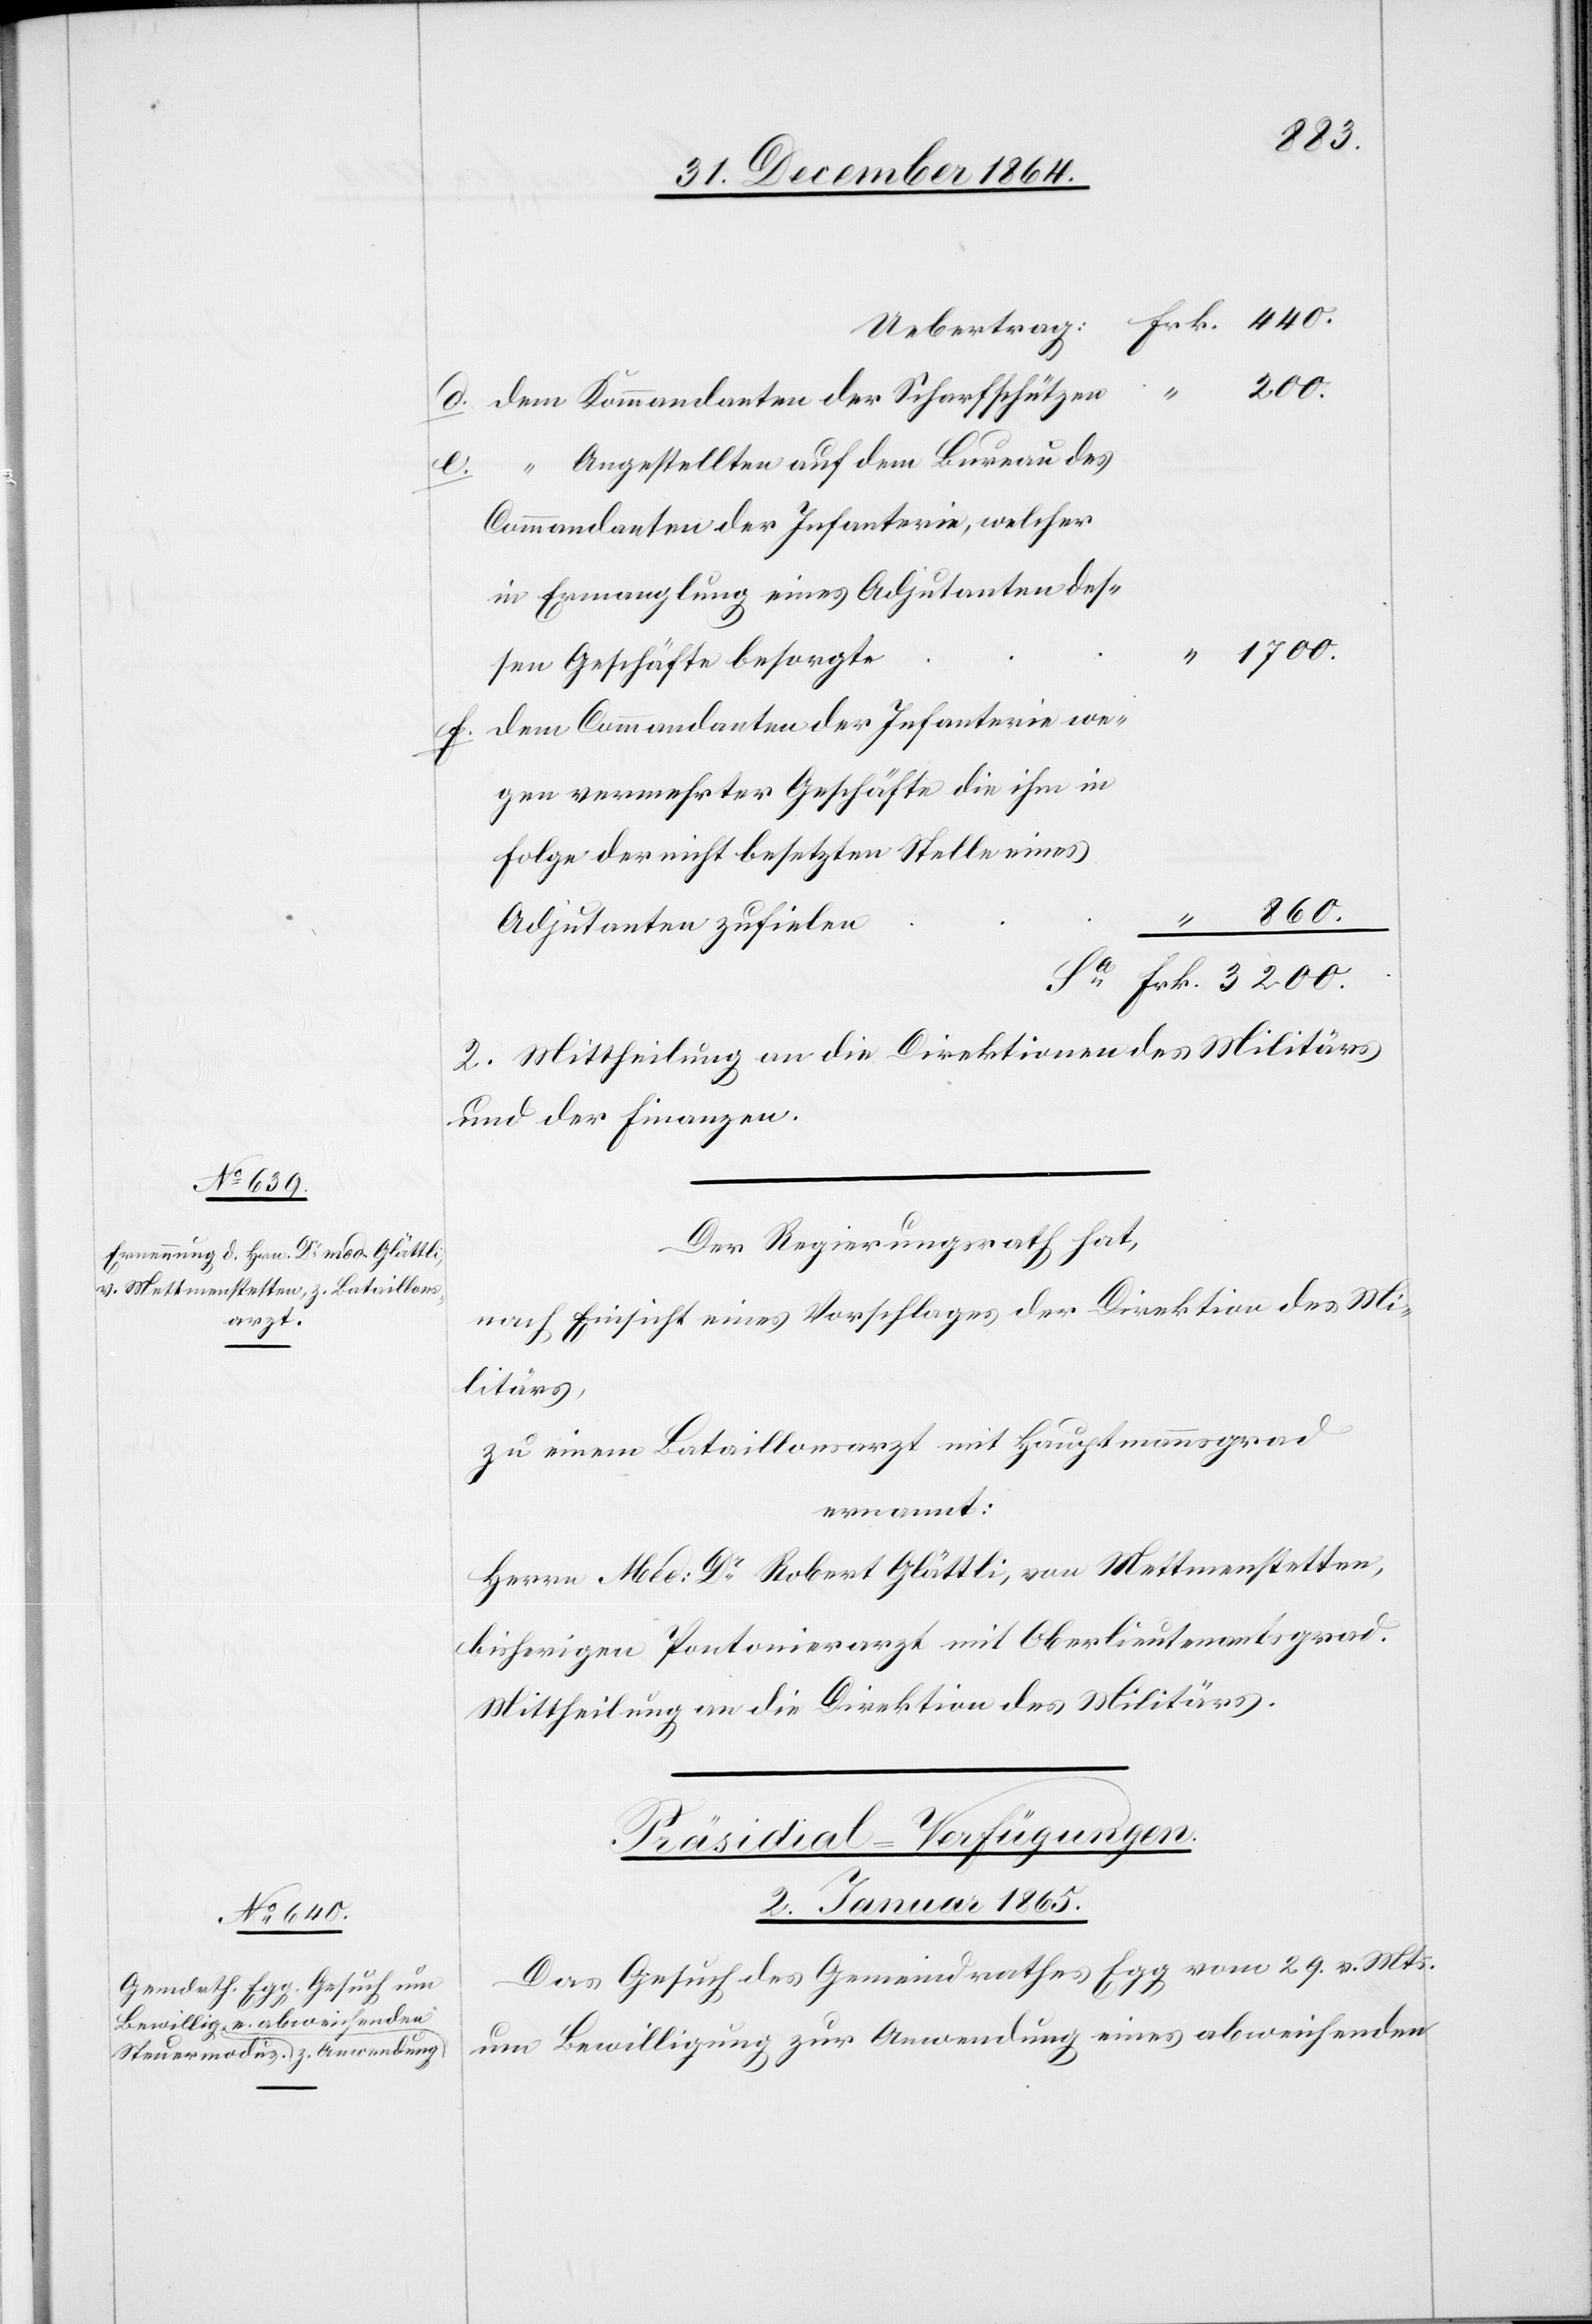
besetzten

Uebertrag:
3200.
Frk.
Angestellten auf dem Bureau des
Commandanten der Infanterie, welcher
in Ermangelung eines Adjutanten dessen
1700.
f.
Geschäfte besorgte
dem Commandanten der Infanterie we¬
vermehrter Geschäfte die ihm in
zufielen
2. Mittheilung an die Direktionen des Militärs
und der Finanzen.
Der Regierungsrath hat,
nach Einsicht eines Vorschlages der Direktion des Mi¬
litärs,
zu einem Bataillonsarzt mit Hauptmannsgrad
ernannt:
Herrn Med. Dr Robert Glättli, von Mettmenstetten,
bisherigen Pontonierarzt mit Oberlieutenantsgrad.
Mittheilung an die Direktion des Militärs.
Präsidial-Verfügungen.
2. Januar 1865.
Das Gesuch des Gemeindrathes Egg vom 29. v. Mts.
um Bewilligung zur Anwendung eines abweichenden